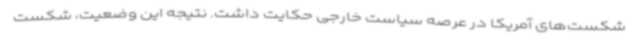
شکست‌های آمریکا در عرصه سیاست خارجی حکایت داشت. نتیجه این وضعیت، شکست